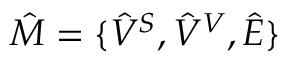
\hat { M } = { \{ \hat { V } ^ { S } , \hat { V } ^ { V } } , \hat { E } \}